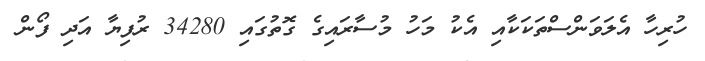
ހުރިހާ އެލަވަންސްތަކަކާއި އެކު މަހު މުސާރައިގެ ގޮތުގައި 34280 ރުފިޔާ އަދި ފޯން